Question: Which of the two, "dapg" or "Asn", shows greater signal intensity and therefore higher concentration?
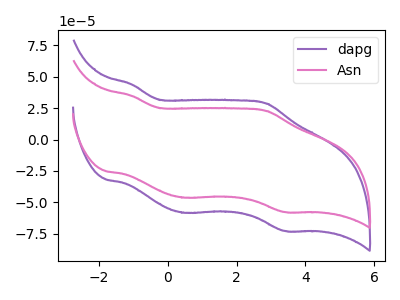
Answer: <think>The purple curve "dapg" has anodic peaks at (-1.05V, 43.90uA) (2.85V, 28.65uA) and cathodic peaks at (0.50V, -58.30uA) (3.40V, -72.80uA). The pink curve "Asn" has anodic peaks at (-1.05V, 34.80uA) (2.85V, 22.70uA) and cathodic peaks at (0.50V, -46.25uA) (3.40V, -57.75uA).
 All the peaks in "dapg" have a peak in "Asn" at the same potential. Every peak in "dapg" is higher than every peak in "Asn".</think>
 <answer>"dapg" has more signal than "Asn" and so likely has a higher concentration.</answer>
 <eval>more_concentration</eval>